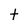
Character: t